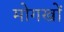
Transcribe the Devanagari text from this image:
मोगखों